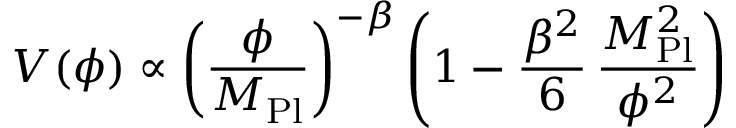
V ( \phi ) \propto \left( \frac { \phi } { M _ { \mathrm { P l } } } \right) ^ { - \beta } \left( 1 - \frac { \beta ^ { 2 } } { 6 } \, \frac { M _ { \mathrm { P l } } ^ { 2 } } { \phi ^ { 2 } } \right)